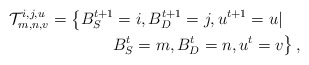
\begin{align*}\mathcal{T}_{m,n,v}^{i,j,u} = \left\{ B_{S}^{t+1} = i, B_{D}^{t+1} = j, u^{t+1} = u | \right. \quad \\ \left. B_{S}^{t} = m, B_{D}^{t} = n, u^{t} = v \right\},\end{align*}